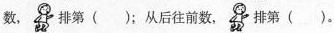
数。 排第()；从后往前数， 排第()。